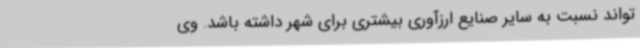
‌تواند نسبت به سایر صنایع ارزآوری بیشتری برای شهر داشته باشد. وی